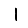
Digit: 1